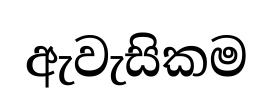
ඇවැසිකම